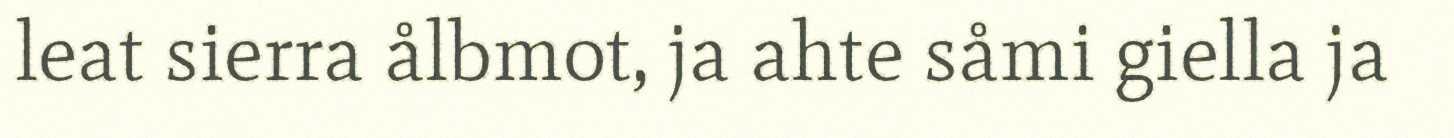
leat sierra ålbmot, ja ahte såmi giella ja